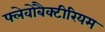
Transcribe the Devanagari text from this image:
फ्लेवोबैक्टीरियम